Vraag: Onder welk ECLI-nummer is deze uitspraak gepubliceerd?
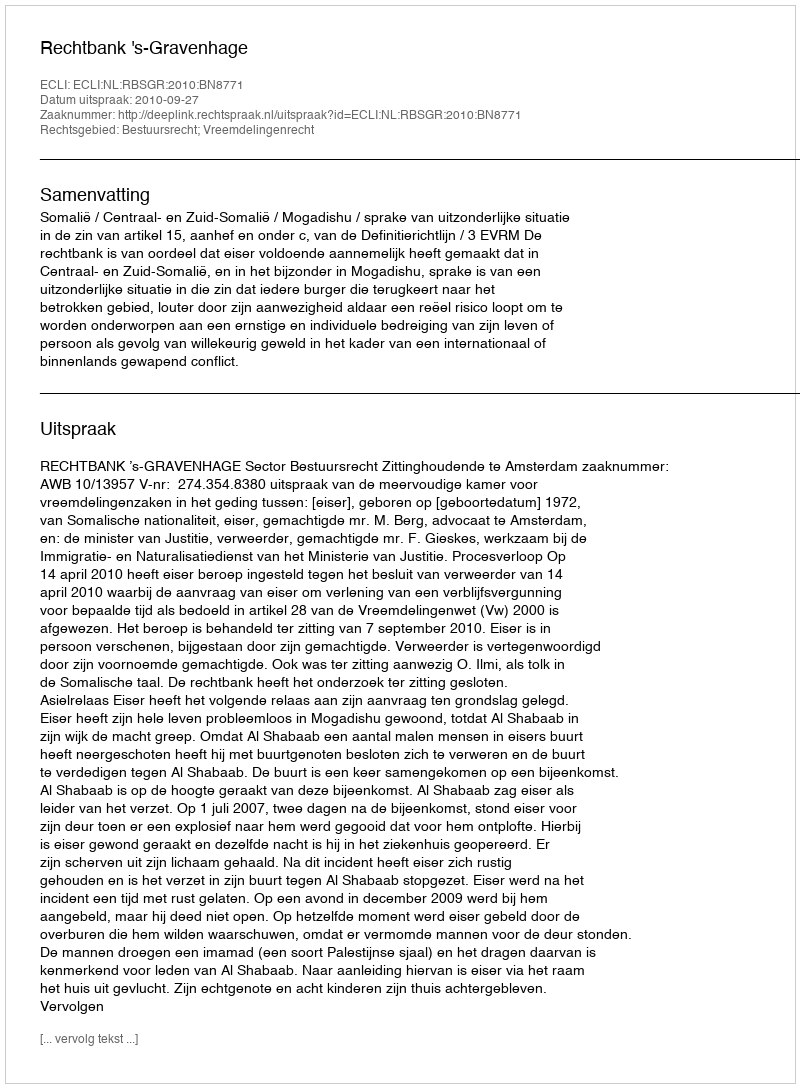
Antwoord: ECLI:NL:RBSGR:2010:BN8771